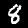
Digit: 8